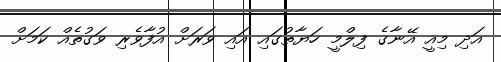
އަދި މިއީ އޭނާގެ ފިލްމީ ހަޔާތުގައި އައި ވަރަށް އުފާވެރި ވަގުތެއް ކަމަށް